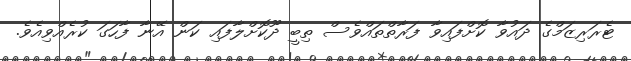
ޓެރަރިޒަމްގެ ދައުވާ ކޮށްފައިވާ ފަރާތްތައްވެސް ތިބީ ދޫކޮށްލާފައި ކަން އޭނާ ފާހަގަ ކުރެއްވިއެވެ.